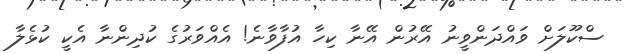
ސްކޫލަށް ވައްދަންވީނު އޭރުން އޭނާ ކިހާ އުފާވާނެ! އެއްވަރުގެ ކުދިންނާ އެކީ ކުޅެލާ